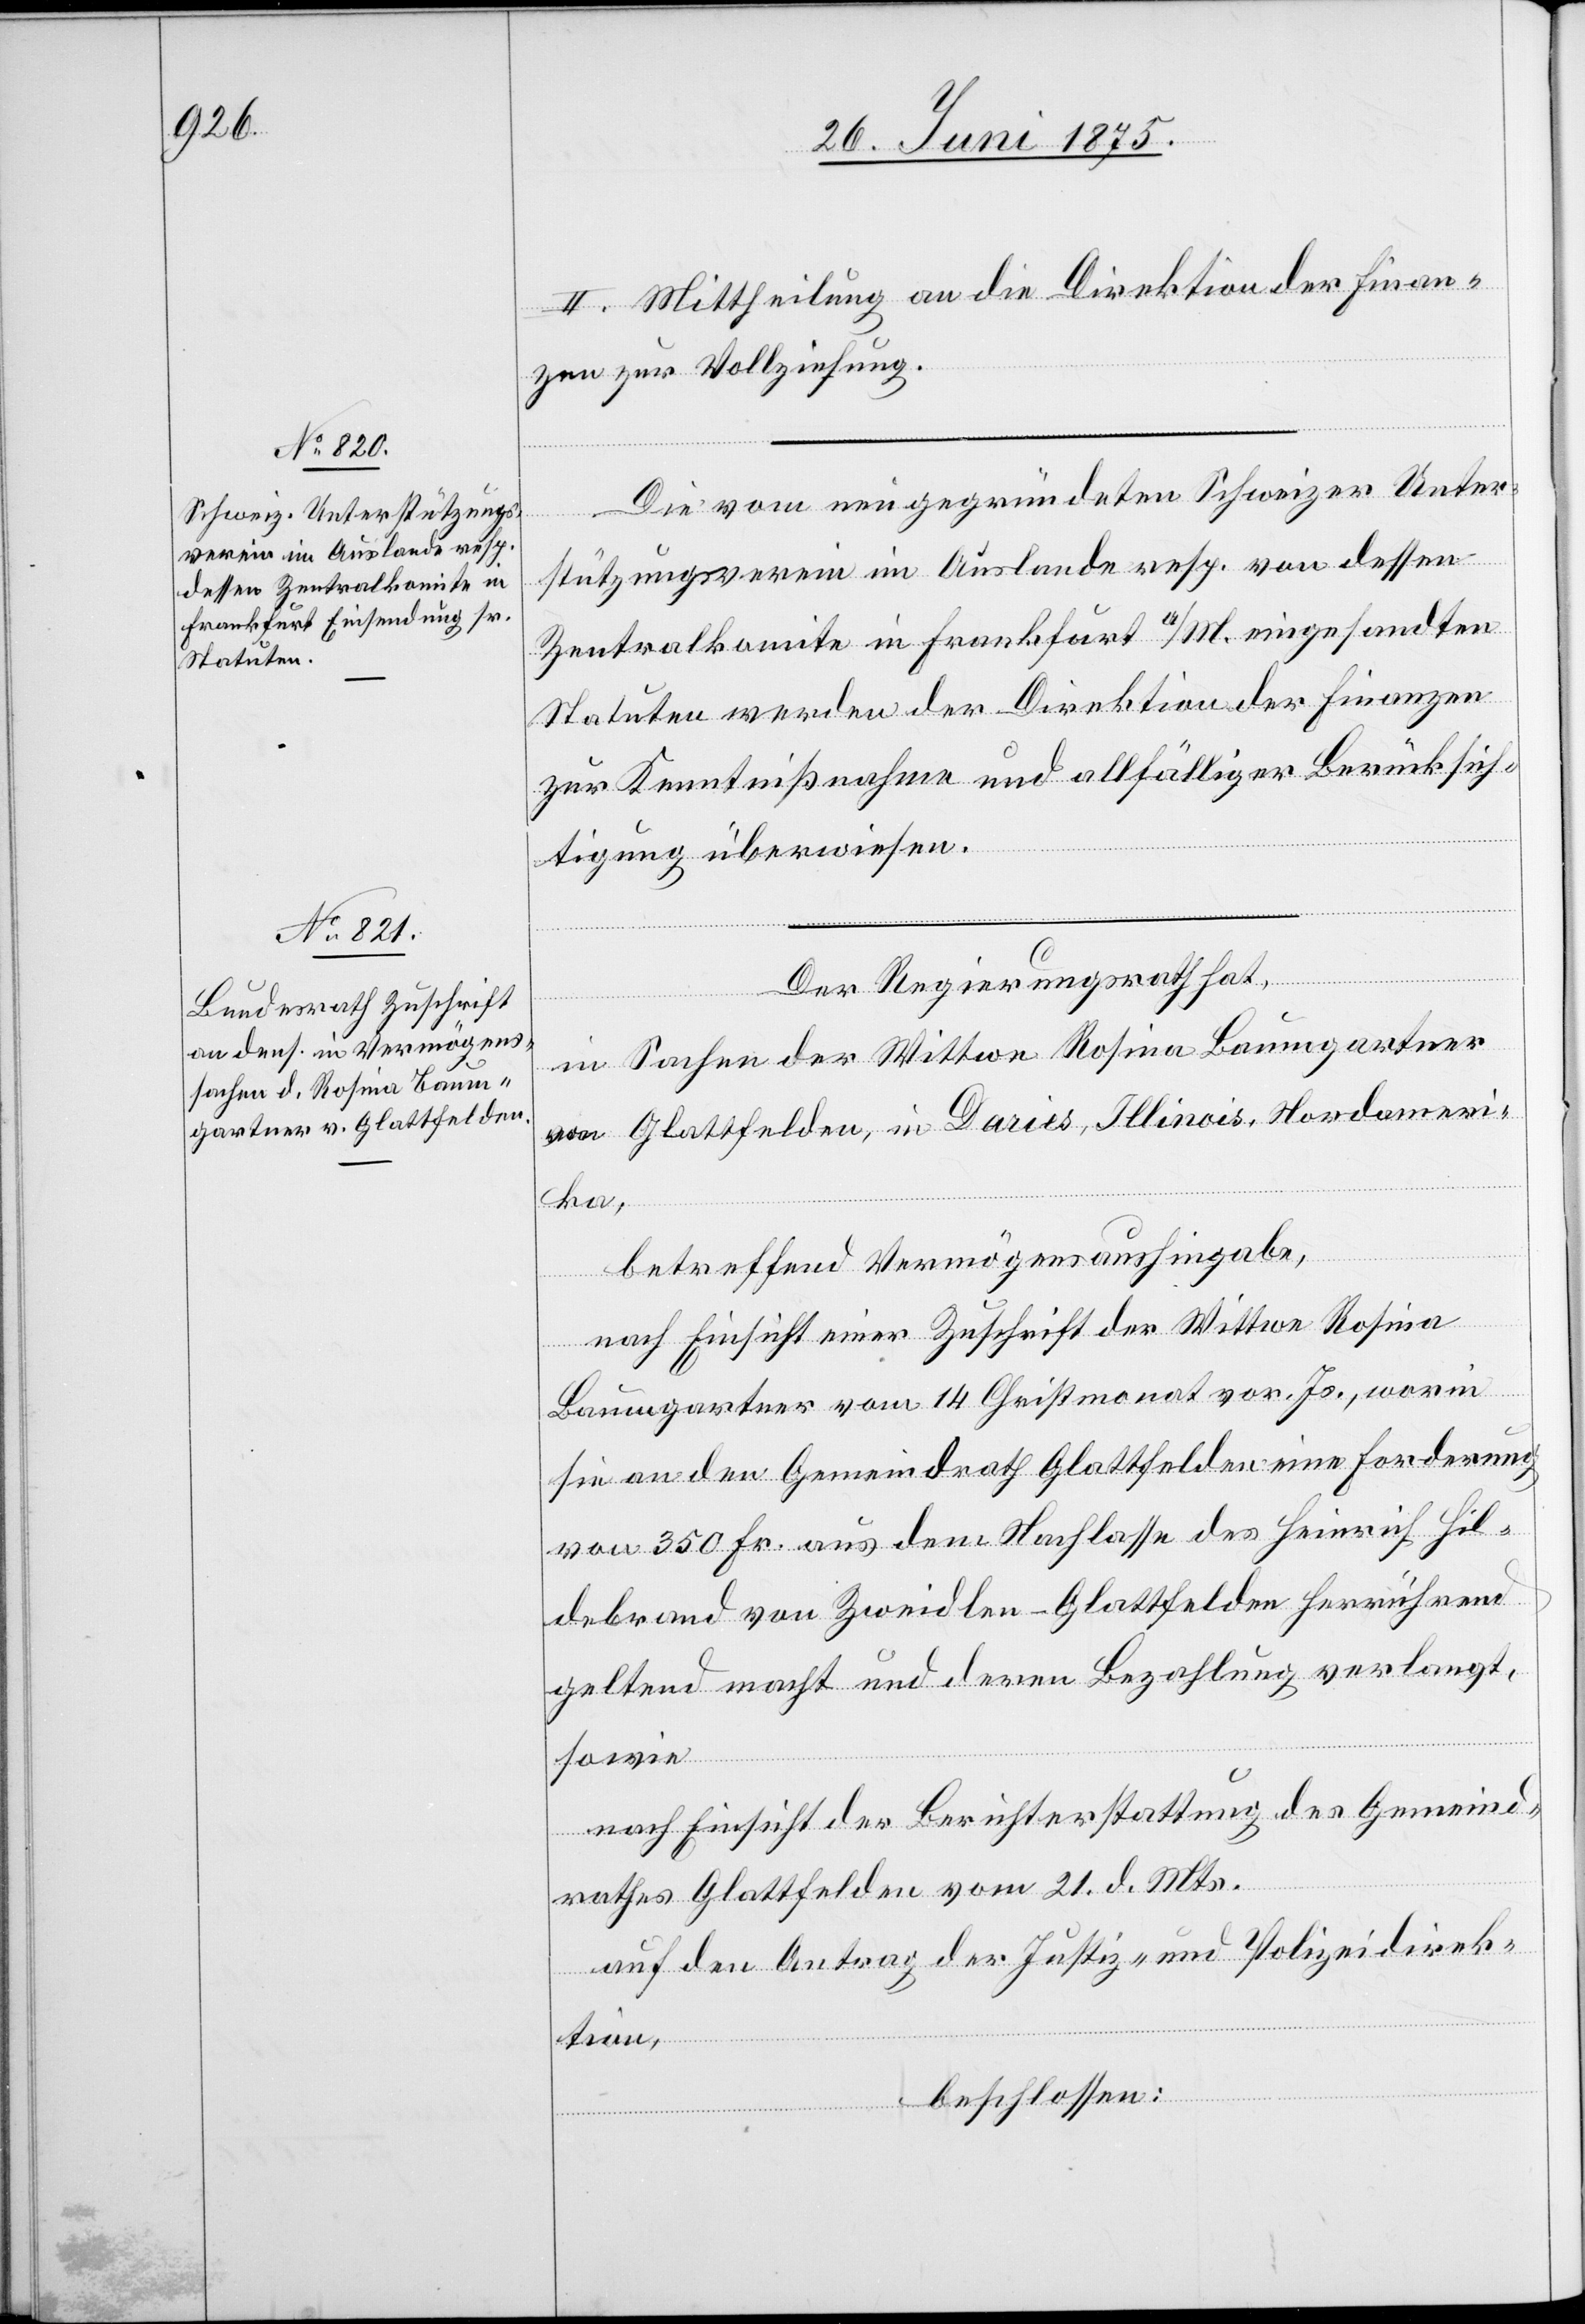
Die von neugegründeten Schweizer Unter¬
stützungsverein im Auslande resp. von dessen
Zentralkomite in Frankfurt a/M. eingesandten
Statuten werden der Direktion der Finanzen
zur Kenntnißnahme und allfälliger Berücksich¬
tigung überwiesen.
Der Regierungsrath hat,
in Sachen der Wittwe Rosina Baumgartner
von Glattfelden, in Daries, Illinois, Nordameri¬
ka,
betreffend Vermögensaushingabe,
nach Einsicht einer Zuschrift der Wittwe Rosina
Baumgartner vom 14. Christmonat vor. Js., worin
sie an den Gemeindrath Glattfelden eine Forderung
von 350 Fr. aus dem Nachlasse des Heinrich Hil¬
debrand von Zweideln - Glattfelden herrührend
geltend macht und deren Bezahlung verlangt
sowie
nach Einsicht der Berichterstattung des Gemeind¬
rathes Glattfelden vom 21. d. Mts.
auf den Antrag der Justiz- und Polizeidirek¬
tion,
beschlossen: